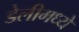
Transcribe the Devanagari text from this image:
डेलीमध्ये